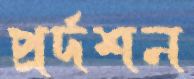
প্রর্দশন